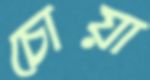
চোয়া